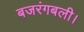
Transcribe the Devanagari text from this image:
बजरंगबली।